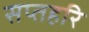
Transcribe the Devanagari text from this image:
सप्तहरि